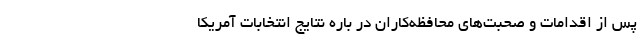
پس از اقدامات و صحبت‌های محافظه‌کاران در باره نتایج انتخابات آمریکا